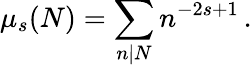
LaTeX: \mu_{s}(N)=\sum_{n|N}n^{-2s+1}\, .